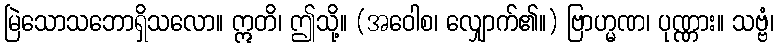
မြဲသောသဘောရှိသလော။ ဣတိ၊ ဤသို့။ (အဝေါစ၊ လျှောက်၏။) ဗြာဟ္မဏ၊ ပုဏ္ဏား။ သဗ္ဗံ၊